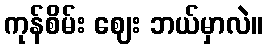
ကုန်စိမ်း ဈေး ဘယ်မှာလဲ။